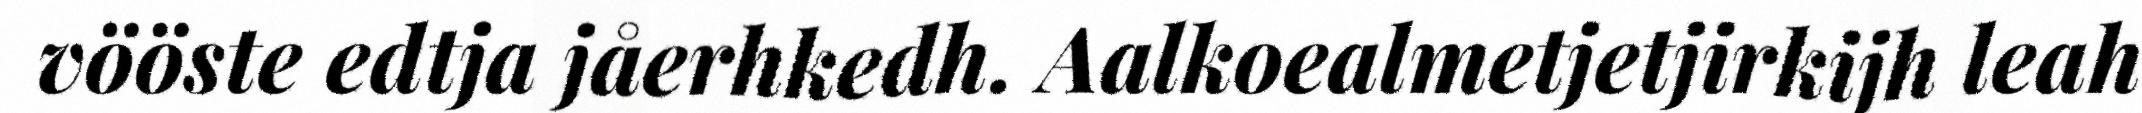
vööste edtja jåerhkedh. Aalkoealmetjetjirkijh leah